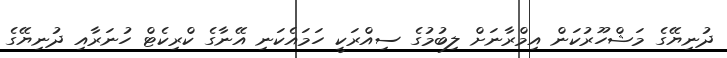
ދުނިޔޭގެ މަޝްހޫރުކަން އިމްރާނަށް ލިބުމުގެ ސިއްރަކީ ހަމައެކަނި އޭނާގެ ކްރިކެޓް ހުނަރާއި ދުނިޔޭގެ